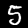
Label: 5